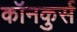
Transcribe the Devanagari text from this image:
कॉनकुर्स